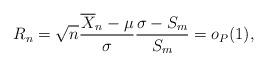
LaTeX: \begin{align*} R_n = \sqrt{n} \frac{ \overline{X}_n - \mu }{ \sigma} \frac{\sigma - S_m}{S_m} = o_P(1),\end{align*}